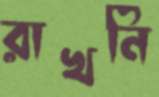
রাখনি